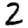
Digit: 2